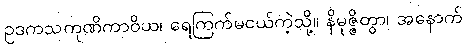
ဥဒကသကုဏိကာဝိယ၊ ရေကြက်မငယ်ကဲ့သို့။ နိမုဇ္ဇိတွာ၊ အနောက်